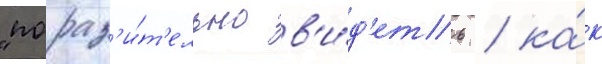
"пораз'и́т'ельно в'и́д'еть / ка́к